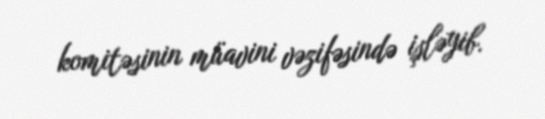
komitəsinin müavini vəzifəsində işləyib.